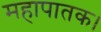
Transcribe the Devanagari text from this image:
महापातक।